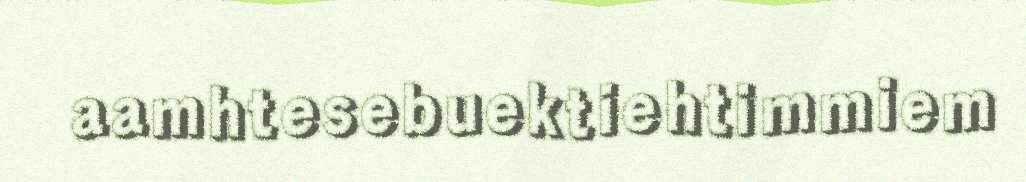
aamhtesebuektiehtimmiem